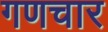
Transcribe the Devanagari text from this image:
गणचार